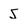
Character: 5